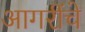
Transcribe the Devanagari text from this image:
आगरींचे